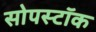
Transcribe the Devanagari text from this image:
सोपस्टॉक